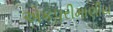
એકપરીમાણીય